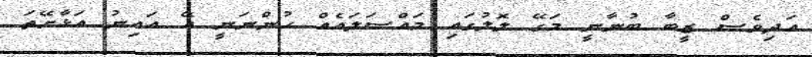
އަދިވެސް ޒީބާ ބުނާނީ މަގޭ ލޮލުގައި މައްސަލައެއް ހުންނަނީ އޭ އައިނު އަޅާށޭތަ